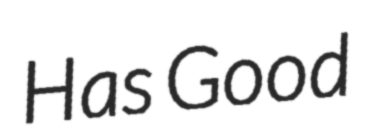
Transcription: Has Good